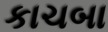
કાચબા